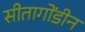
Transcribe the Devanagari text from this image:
सीतागोंडीन